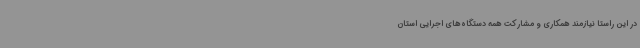
در این راستا نیازمند همکاری و مشارکت همه دستگاه‌های اجرایی استان